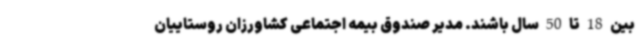
بین 18 تا 50 سال باشند. مدیر صندوق بیمه اجتماعی کشاورزان روستاییان